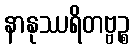
နာနုဿရိတဗ္ဗဉ္စ